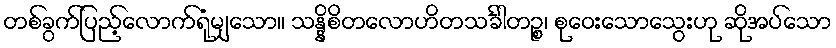
တစ်ခွက်ပြည့်လောက်ရုံမျှသော။ သန္နိစိတလောဟိတသင်္ခါတဉ္စ၊ စုဝေးသောသွေးဟု ဆိုအပ်သော